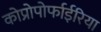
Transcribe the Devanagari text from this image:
कोप्रोपोर्फाईरिया